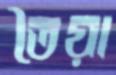
তৈয়া